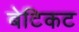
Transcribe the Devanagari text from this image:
बेटिकट